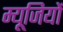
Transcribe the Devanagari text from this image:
म्यूजियों